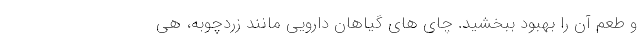
و طعم آن را بهبود ببخشید. چای های گیاهان دارویی مانند زردچوبه، هی